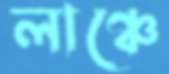
লাঞ্চে